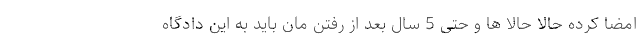
امضا کرده حالا حالا ها و حتی 5 سال بعد از رفتن مان باید به این دادگاه